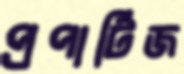
প্রপার্টিজ